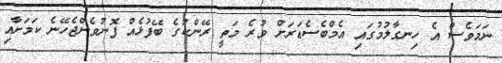
ނަމަވެސް އެ ހިނގާލުމުގައި އެމްބެސެޑަރަށް ވުރެ މަތީ ރޭންކުގެ ބޭފުޅެއް ފޮނުވެންޖެހޭނެ ކަމަށާއި